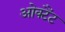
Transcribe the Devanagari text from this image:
ओक्टैंट